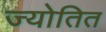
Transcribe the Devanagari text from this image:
ज्योतित